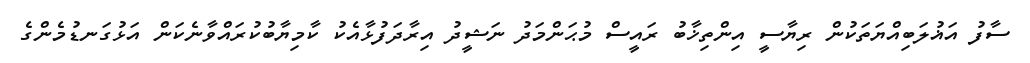
ސާފު އަޣުލަބިއްޔަތަކުން ރިޔާސީ އިންތިޚާބު ރައީސް މުޙަންމަދު ނަޝީދު އިރާދަފުޅާއެކު ކާމިޔާބުކުރައްވާނެކަން އަޅުގަނޑުމެންގެ